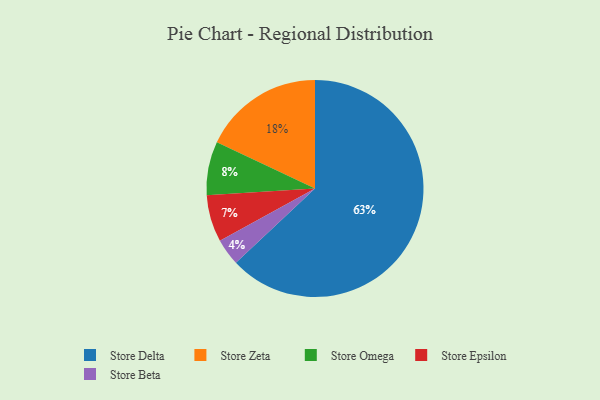
{"axis": {"x": "Category", "y": "Percentage"}, "legend": ["Store Beta", "Store Delta", "Store Epsilon", "Store Omega", "Store Zeta"], "data": [{"x": "Store Beta", "y": 4, "type": "Store Beta"}, {"x": "Store Zeta", "y": 18, "type": "Store Zeta"}, {"x": "Store Epsilon", "y": 7, "type": "Store Epsilon"}, {"x": "Store Omega", "y": 8, "type": "Store Omega"}, {"x": "Store Delta", "y": 63, "type": "Store Delta"}]}